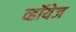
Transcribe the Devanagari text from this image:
व्हॉयेज